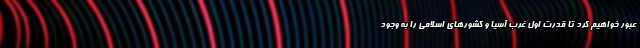
عبور خواهیم کرد تا قدرت اول غرب آسیا و کشورهای اسلامی را به وجود